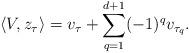
LaTeX: \begin{align*}\langle V, z_\tau \rangle = v_\tau + \sum_{q=1}^{d+1} (-1)^q v_{\tau_q}.\end{align*}